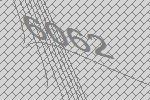
6062